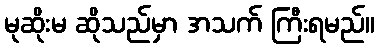
မုဆိုးမ ဆိုသည်မှာ အသက် ကြီးရမည်။